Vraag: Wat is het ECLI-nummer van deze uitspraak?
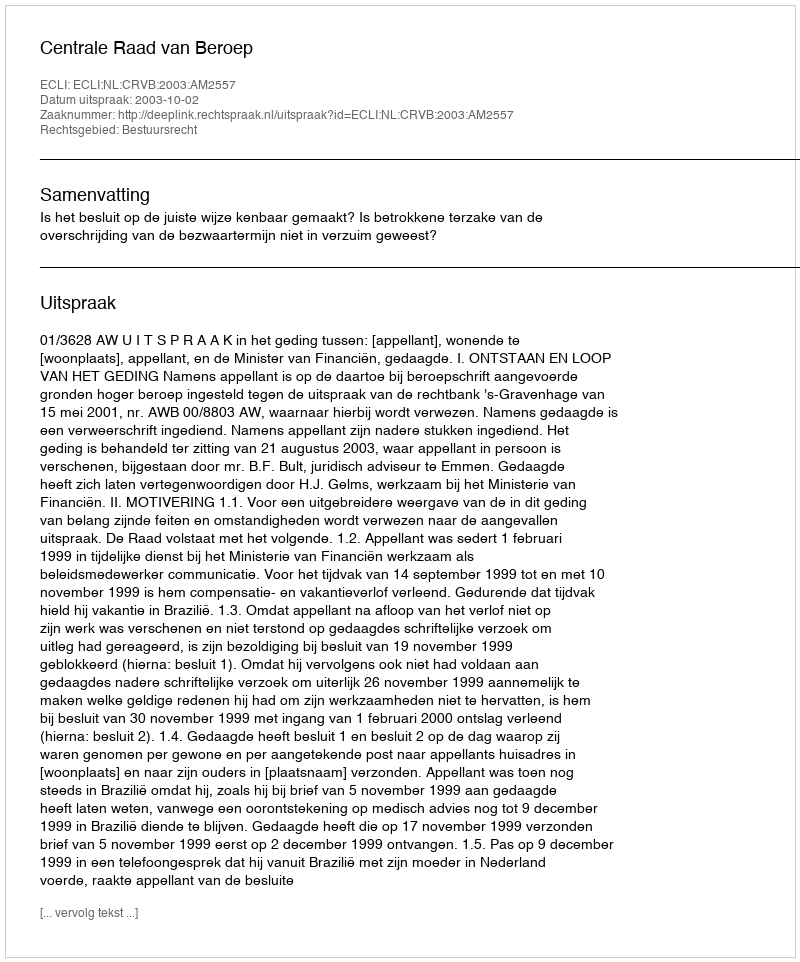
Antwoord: ECLI:NL:CRVB:2003:AM2557